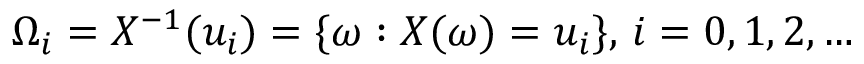
\Omega _ { i } = X ^ { - 1 } ( u _ { i } ) = \{ \omega : X ( \omega ) = u _ { i } \} , \, i = 0 , 1 , 2 , \dots